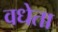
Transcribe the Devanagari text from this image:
वधेता